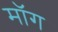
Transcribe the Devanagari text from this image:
माॅग